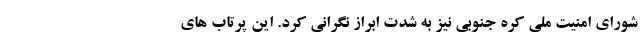
شورای امنیت ملی کره جنوبی نیز به شدت ابراز نگرانی کرد. این پرتاب های